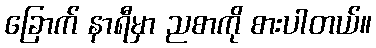
ခြောက် နာရီမှာ ညစာကို စားပါတယ်။